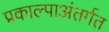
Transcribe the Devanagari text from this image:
प्रकाल्पाअंतर्गत